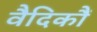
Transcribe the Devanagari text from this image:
वैदिकौं